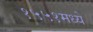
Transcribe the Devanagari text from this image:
१५५१मध्ये